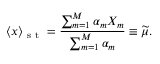
\langle x \rangle _ { \mathrm { ~ s ~ t ~ } } = \frac { \sum _ { m = 1 } ^ { M } \alpha _ { m } X _ { m } } { \sum _ { m = 1 } ^ { M } \alpha _ { m } } \equiv \widetilde { \mu } .